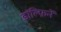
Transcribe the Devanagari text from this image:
डॉल्फ़िनें